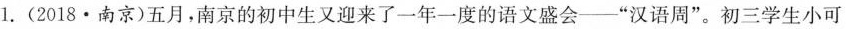
1.(2018·南京)五月，南京的初中生又迎来了一年一度的语文盛会——”汉语周”。初三学生小可